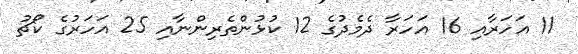
11 އަހަރާއި 16 އަހަރާ ދެމެދުގެ 12 ކުޅުންތެރިންނާއި 25 އަހަރުގެ ކޯޗު